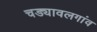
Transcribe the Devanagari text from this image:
चड्यावलगांव